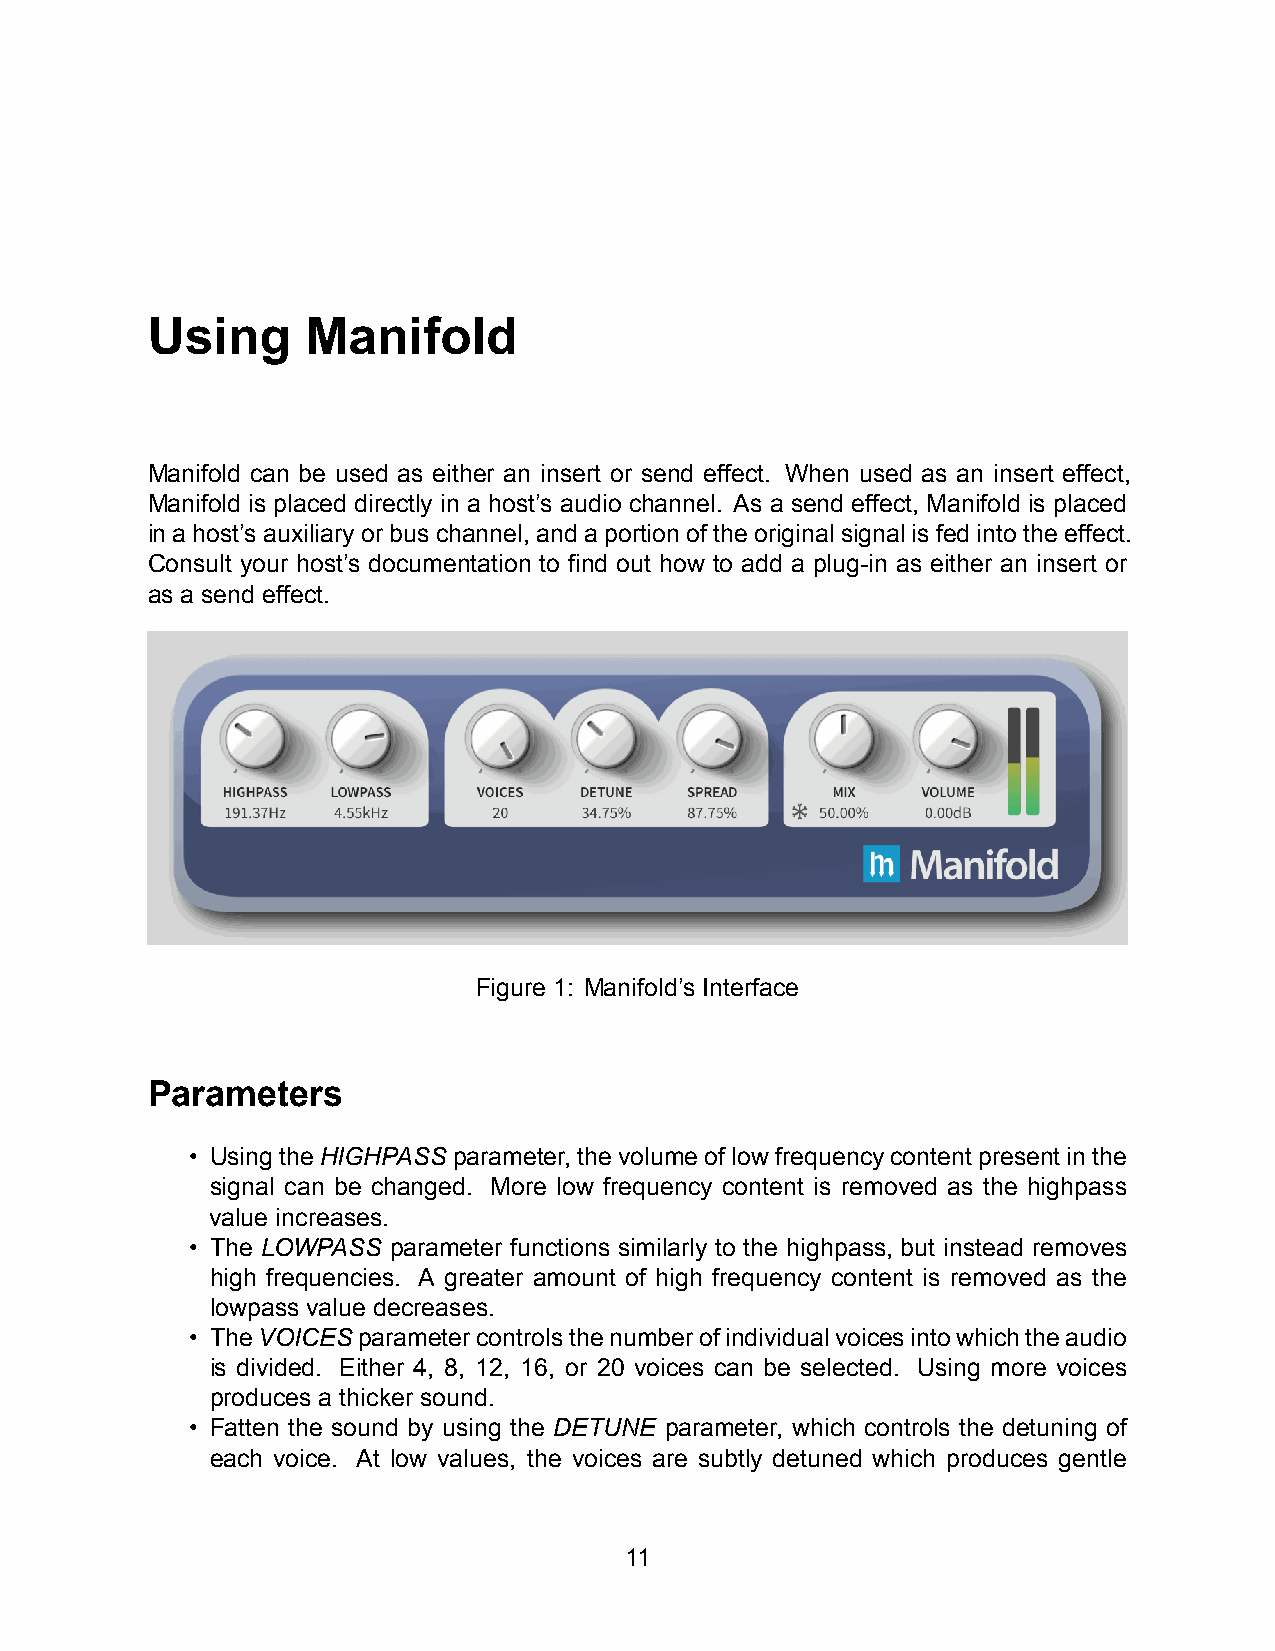
Using     Manifold
 Manifold can be used as either an insert or send effect. When used as an insert effect,
 Manifold is placed directly in a host’s audio channel. As a send effect, Manifold is placed
 inahost’sauxiliaryorbuschannel, andaportionoftheoriginalsignalisfedintotheeffect.
 Consult your host’s documentation to find out how to add a plug-in as either an insert or
 as a send effect.
 Figure 1: Manifold’s Interface
 Parameters
 • UsingtheHIGHPASSparameter,thevolumeoflowfrequencycontentpresentinthe
 signal can be changed. More low frequency content is removed as the highpass
 value increases.
 • The LOWPASS parameter functions similarly to the highpass, but instead removes
 high frequencies. A greater amount of high frequency content is removed as the
 lowpass value decreases.
 • TheVOICESparametercontrolsthenumberofindividualvoicesintowhichtheaudio
 is divided. Either 4, 8, 12, 16, or 20 voices can be selected. Using more voices
 produces a thicker sound.
 • Fatten the sound by using the DETUNE parameter, which controls the detuning of
 each voice. At low values, the voices are subtly detuned which produces gentle
 11